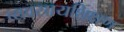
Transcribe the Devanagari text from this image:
व्यवसायशिक्षण